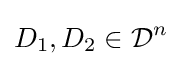
D_{1},D_{2}\in {\mathcal {D}}^{n}\,\!